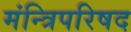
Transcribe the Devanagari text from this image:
मंन्त्रिपरिषद